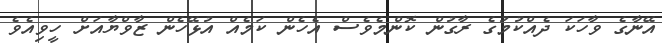
އޭނާގެ ވާހަކަ ދެއްކުމުގެ ރާގުން ކޮންމެވެސް އެހެން ކަމެއް އުޅޭހެން ޒާވްޔާއަށް ހީވިއެވެ